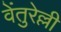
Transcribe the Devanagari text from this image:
वेंतुरेल्ली